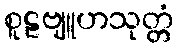
စူဠဗျူဟသုတ္တံ